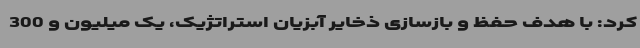
کرد: با هدف حفظ و بازسازی ذخایر آبزیان استراتژیک، یک میلیون و 300